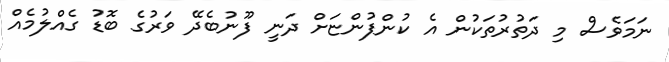
ނަމަވެސް މި ދަތުރުތަކުން އެ ކުންފުންޏަށް ދަނީ ފޫނުބެދޭ ވަރުގެ ބޮޑު ގެއްލުމެއް